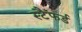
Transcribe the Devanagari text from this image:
स्टैफर्ड